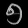
Digit: ၅